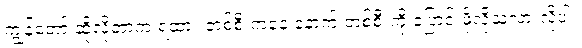
ကျွန်တော် ဆိုလိုတာက ရထား တစ်စီးကနေ နောက် တစ်စီးကို ပြောင်းဖို့လိုသလားလို့ပါ။